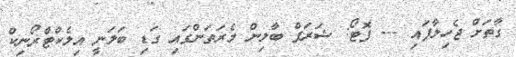
ގާތަށް ޖެހިލާފައި --- ފޮޓޯ: ޝަރަފް ބާލިން މެރަތަންގައި ގަޑި ބަލަނީ އިލެކްޓްރޯނިކް